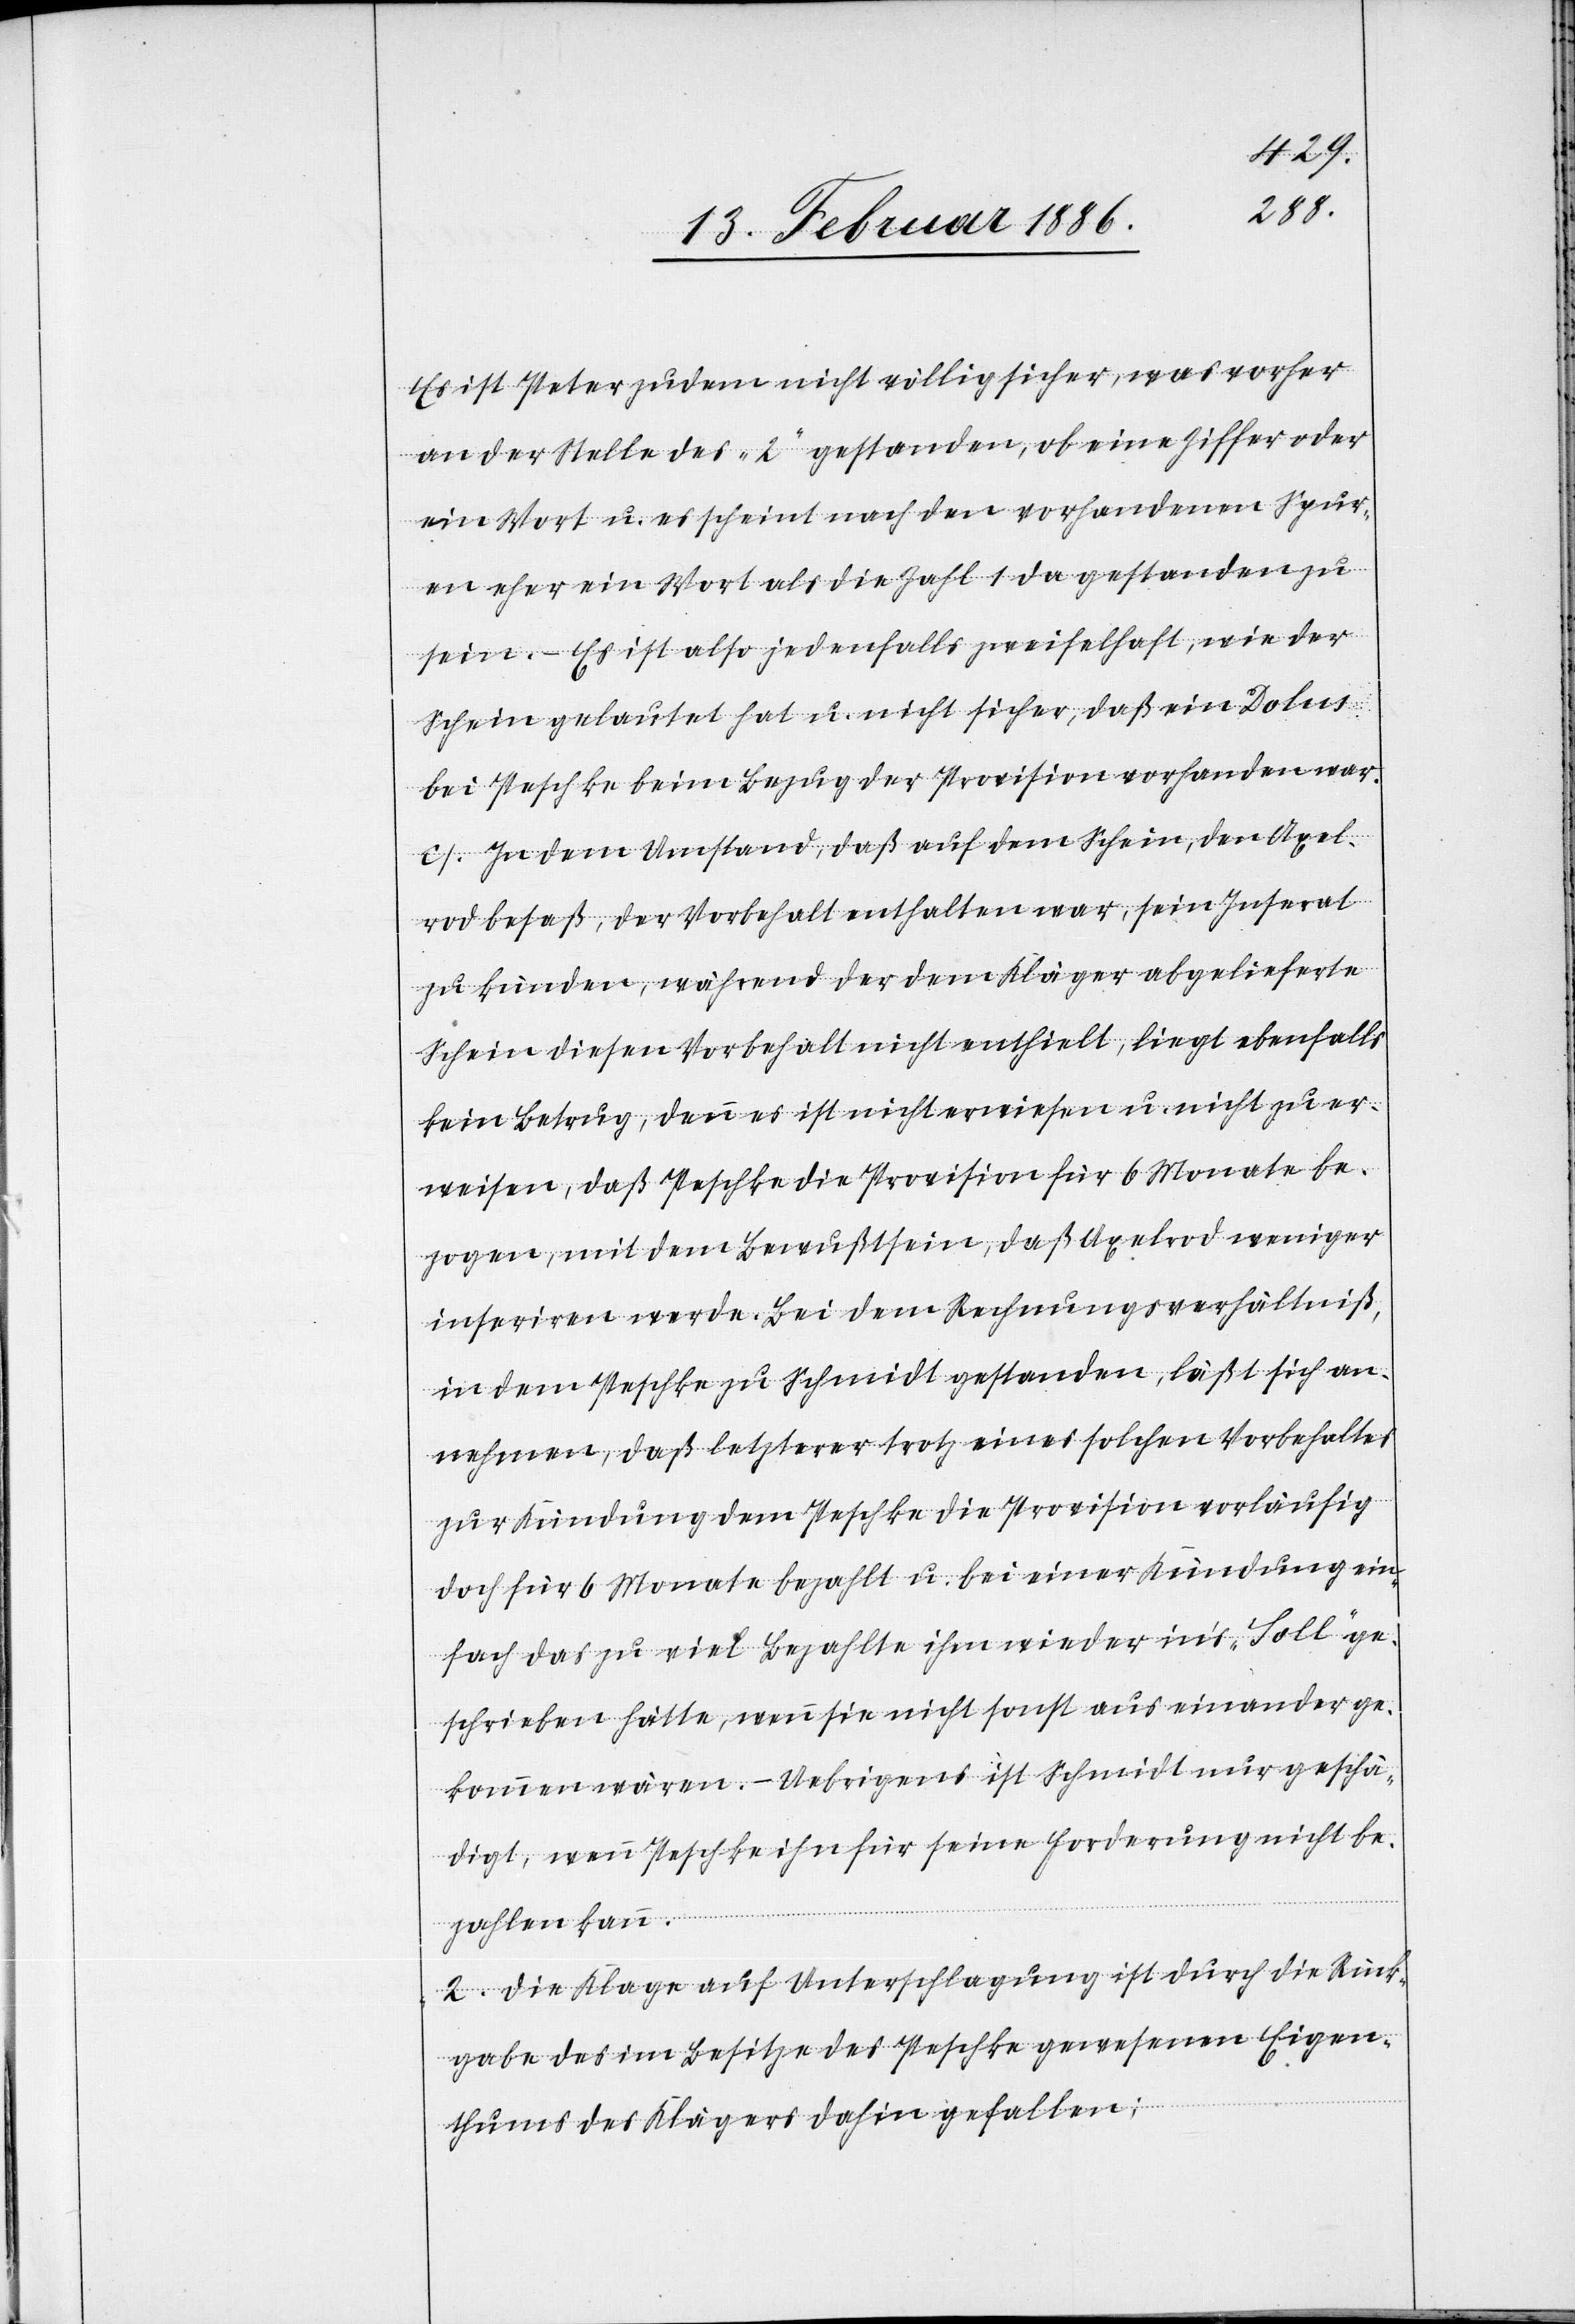
Es ist Peter zudem nicht völlig sicher, was vorher
an der Stelle des „2“ gestanden, ob eine Ziffer oder
ein Wort u. es scheint nach den vorhandenen Spur¬
en eher ein Wort als die Zahl 1 da gestanden zu
sein. – Es ist also jedenfalls zweifelhaft, wie der
Schein gelautet hat u. nicht sicher, daß ein Dolus
bei Peschke beim Bezug der Provision vorhanden war.
c. In dem Umstand, daß auf dem Schein, den Axel¬
rod besaß, der Vorbehalt enthalten war, sein Inserat
zu künden, während der dem Kläger abgelieferte
Schein diesen Vorbehalt nicht enthielt, liegt ebenfalls
kein Betrug, denn es ist nicht erwiesen u. nicht zu er¬
weisen, daß Peschke die Provision für 6 Monate be¬
zogen, mit dem Bewußtsein, daß Axelrod weniger
inseriren werde. Bei dem Rechnungsverhältniß,
in dem Peschke zu Schmidt gestanden, läßt sich an¬
nehmen, daß letzterer trotz eines solchen Vorbehaltes
zur Kündung dem Peschke die Provision vorläufig
doch für 6 Monate bezahlt u. bei einer Kündung ein¬
fach das zu viel Bezahlte ihm wieder in’s „Soll“ ge¬
schrieben hätte, wenn sie nicht sonst auseinander ge¬
kommen wären. – Uebrigens ist Schmidt nur geschä¬
digt, wenn Peschke ihn für seine Forderung nicht be¬
zahlen kann.
2. Die Klage auf Unterschlagung ist durch die Rück¬
gabe des im Besitze des Peschke gewesenen Eigen¬
thums des Klägers dahin gefallen;